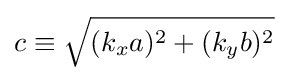
c\equiv {\sqrt {(k_{x}a)^{2}+(k_{y}b)^{2}}}